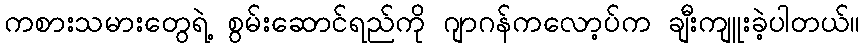
ကစားသမားတွေရဲ့ စွမ်းဆောင်ရည်ကို ဂျာဂန်ကလော့ပ်က ချီးကျူးခဲ့ပါတယ်။